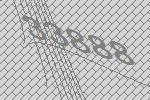
33888